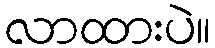
လာထားပဲ။